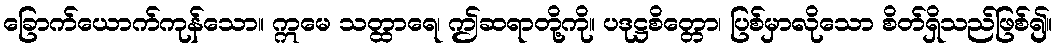
ခြောက်ယောက်ကုန်သော။ ဣမေ သတ္ထာရေ၊ ဤဆရာတို့ကို။ ပဒုဋ္ဌစိတ္တော၊ ပြစ်မှာလိုသော စိတ်ရှိသည်ဖြစ်၍။